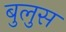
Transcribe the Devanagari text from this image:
बुलुस